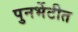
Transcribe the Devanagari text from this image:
पुनर्भेटीत